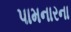
પામનારના